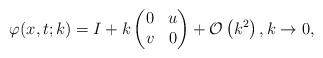
LaTeX: \begin{align*}\varphi(x,t;k)=I+k\begin{pmatrix}0 & u \\v & 0\end{pmatrix}+\mathcal{O}\left(k^2\right), k \rightarrow 0,\end{align*}